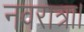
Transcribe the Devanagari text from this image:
नवरात्रा।